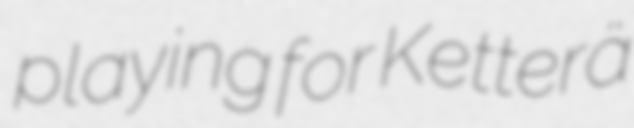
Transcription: playing for Ketterä